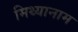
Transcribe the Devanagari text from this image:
मिथ्यानाम